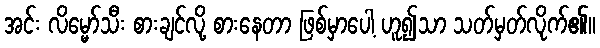
အင်း လိမ္မော်သီး စားချင်လို့ စားနေတာ ဖြစ်မှာပေါ့ ဟူ၍သာ သတ်မှတ်လိုက်၏။